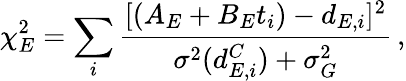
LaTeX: \chi_{E}^{2}=\sum_{i}\frac{[(A_{E}+B_{E}t_{i})-d_{E,i}]^{2}}{\sigma^{2}(d_{E,i}^{C})+\sigma_{G}^{2}}\, ,